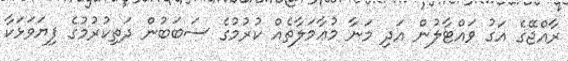
ރާއްޖޭގެ އަގު ވައްޓާލުން އަދި މަނާ މުޢާމަލާތެއް ކުރުމުގެ ސަބަބުން ދަތިކުރުމުގެ ފިޔަވަޅަކާ